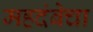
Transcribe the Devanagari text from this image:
महदंबेचा